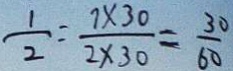
\frac { 1 } { 2 } = \frac { 7 \times 3 0 } { 2 \times 3 0 } = \frac { 3 0 } { 6 0 }